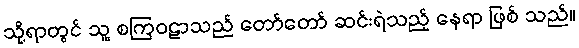
သို့ရာတွင် သူ့ စကြဝဠာသည် တော်တော် ဆင်းရဲသည့် နေရာ ဖြစ် သည်။